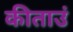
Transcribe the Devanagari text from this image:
कीताउं